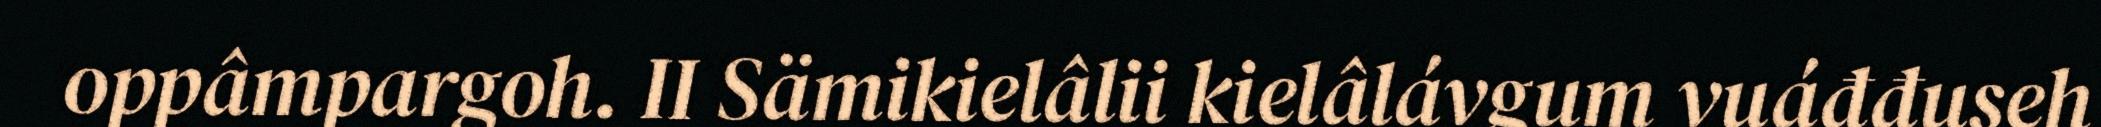
oppâmpargoh. II Sämikielâlii kielâlávgum vuáđđuseh